画像に写った文字を読んでください
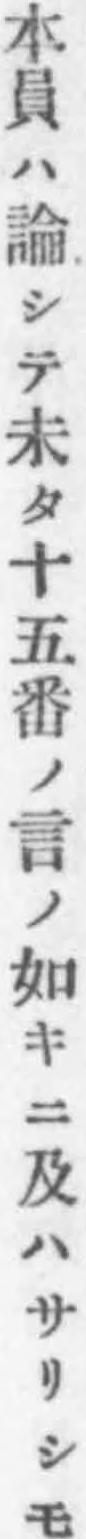
「本員ハ論シテ未タ十五番ノ言ノ如キニ及ハサリシモ」と書いてあります